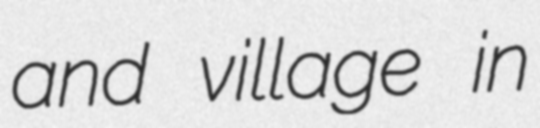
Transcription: and village in